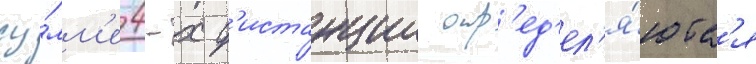
су́мм'е 4-х д'истанции опр'ед'ел'я́ютс'я